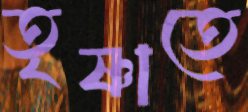
তৃষ্ণাতে